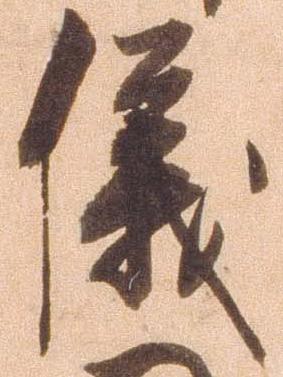
儀